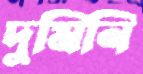
দুমিনি